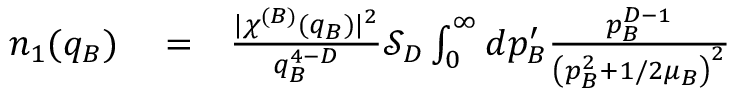
\begin{array} { r l r } { n _ { 1 } ( q _ { B } ) } & { { } = } & { \frac { \lvert \chi ^ { ( B ) } ( q _ { B } ) \rvert ^ { 2 } } { q _ { B } ^ { 4 - D } } \mathcal { S } _ { D } \int _ { 0 } ^ { \infty } d p _ { B } ^ { \prime } \frac { p _ { B } ^ { D - 1 } } { \left( p _ { B } ^ { 2 } + 1 / 2 \mu _ { B } \right) ^ { 2 } } } \end{array}